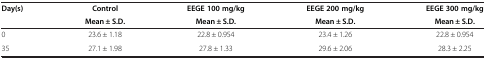
| Day(s) | Control | EEGE 100 mg/kg | EEGE 200 mg/kg | EEGE 300 mg/kg |
 |  | Mean ± S.D. | Mean ± S.D. | Mean ± S.D. | Mean ± S.D. |
 | --- | --- | --- | --- | --- |
 | 0 | 23.6 ± 1.18 | 22.8 ± 0.954 | 23.4 ± 1.26 | 22.8 ± 0.954 |
 | 35 | 27.1 ± 1.98 | 27.8 ± 1.33 | 29.6 ± 2.06 | 28.3 ± 2.25 |